Leprosy in India: report of the Leprosy Commission in India, 1890-91
Year: 1890
Disease focus: Leprosy
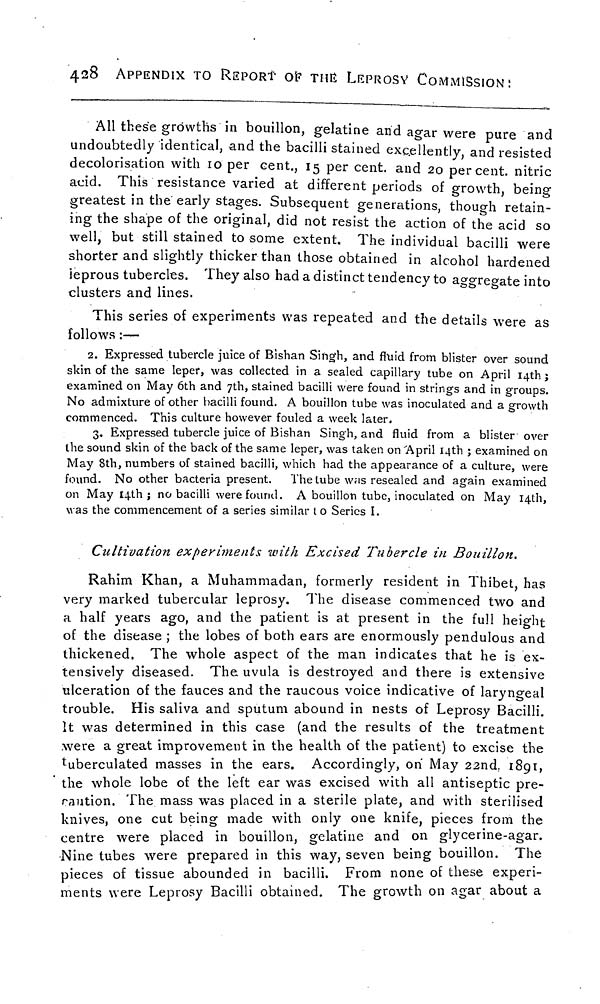
428
APPENDIX TO REPORT OF THE LEPROSY COMMISSION:
All these growths in bouillon, gelatine and agar were pure and
undoubtedly identical, and the bacilli stained excellently, and resisted
decolorisation with 10 per cent., 15 per cent. and 20 per cent. nitric
acid. This resistance varied at different periods of growth, being
greatest in the early stages. Subsequent generations, though retain-
ing the shape of the original, did not resist the action of the acid so
well, but still stained to some extent. The individual bacilli were
shorter and slightly thicker than those obtained in alcohol hardened
ieprous tubercles. They also had a distinct tendency to aggregate into
clusters and lines.
This series of experiments was repeated and the details were as
follows :—
2. Expressed tubercle juice of Bishan Singh, and fluid from blister over sound
skin of the same leper, was collected in a sealed capillary tube on April 14th ;
examined on May 6th and 7th, stained bacilli were found in strings and in groups.
No admixture of other bacilli found. A bouillon tube was inoculated and a growth
commenced. This culture however fouled a week later.
3, Expressed tubercle juice of Bishan Singh, and fluid from a blister over
the sound skin of the back of the same leper, was taken on April 14th ; examined on
May 8th, numbers of stained bacilli, which had the appearance of a culture, were
found. No other bacteria present.
The tube was resealed and again examined
on May 14th; no bacilli were found. A bouillon tube, inoculated on May 14th,
was the commencement of a series similar t o Series I.
Cultivation experiments with Excised Tubercle in Bouillon.
Rahim Khan, a Muhammadan, formerly resident in Thibet, has
very marked tubercular leprosy. The disease commenced two and
a half years ago, and the patient is at present in the full height
of the disease ; the lobes of both ears are enormously pendulous and
thickened, The whole aspect of the man indicates that he is ex-
tensively diseased. The uvula is destroyed and there is extensive
ulceration of the fauces and the raucous voice indicative of laryngeal
trouble. His saliva and sputum abound in nests of Leprosy Bacilli.
It was determined in this case (and the results of the treatment
were a great improvement in the health of the patient) to excise the
tuberculated masses in the ears. Accordingly, on May 22nd. 1891,
the whole lobe of the left ear was excised with all antiseptic pre-
caution. The mass was placed in a sterile plate, and with sterilised
knives, one cut being made with only one knife, pieces from the
centre were placed in bouillon, gelatine and on glycerine-agar.
Nine tubes were prepared in this way, seven being bouillon. The
pieces of tissue abounded in bacilli. From none of these experi-
ments were Leprosy Bacilli obtained. The growth on agar about a